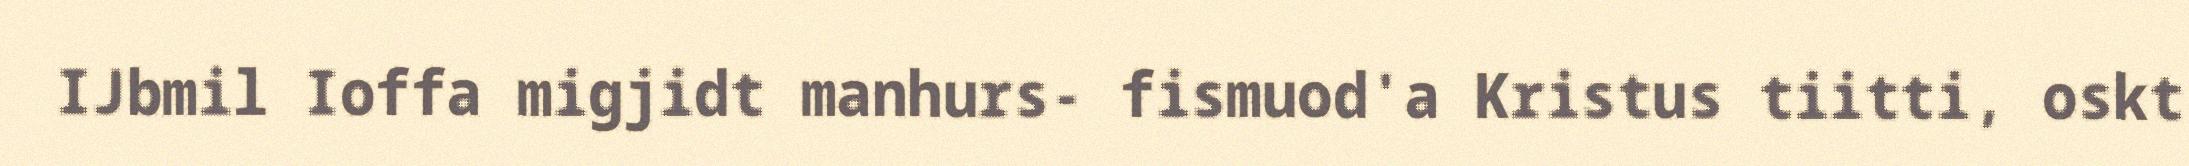
IJbmil Ioffa migjidt manhurs- fismuod'a Kristus tiitti, oskt